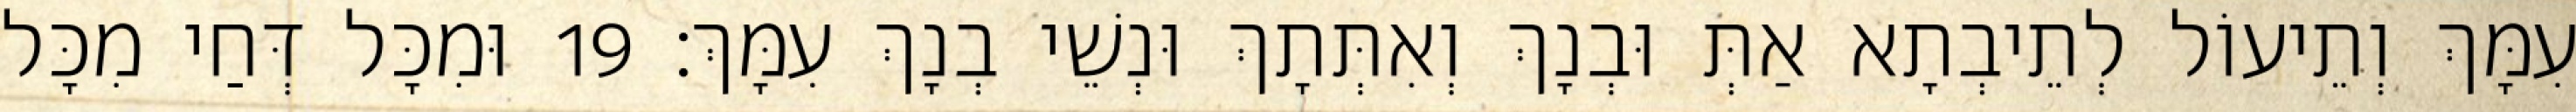
עִמָּךְ וְתֵיעוֹל לְתֵיבְתָא אַתְּ וּבְנָךְ וְאִתְּתָךְ וּנְשֵׁי בְנָךְ עִמָּךְ׃ 19 וּמִכָּל דְּחַי מִכָּל